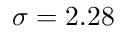
\sigma = 2 . 2 8